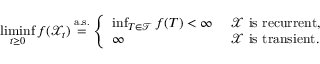
\operatorname* { l i m i n f } _ { t \geq 0 } f ( \mathscr { X } _ { t } ) \stackrel { \mathrm { a . s . } } { = } \left\{ \begin{array} { l l } { \operatorname* { i n f } _ { T \in \mathcal T } f ( T ) < \infty } & { \mathrm { ~ \mathscr { X } ~ i s ~ r e c u r r e n t } , } \\ { \infty } & { \mathrm { ~ \mathscr { X } ~ i s ~ t r a n s i e n t . } } \end{array} \right.